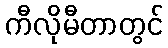
ကီလိုမီတာတွင်